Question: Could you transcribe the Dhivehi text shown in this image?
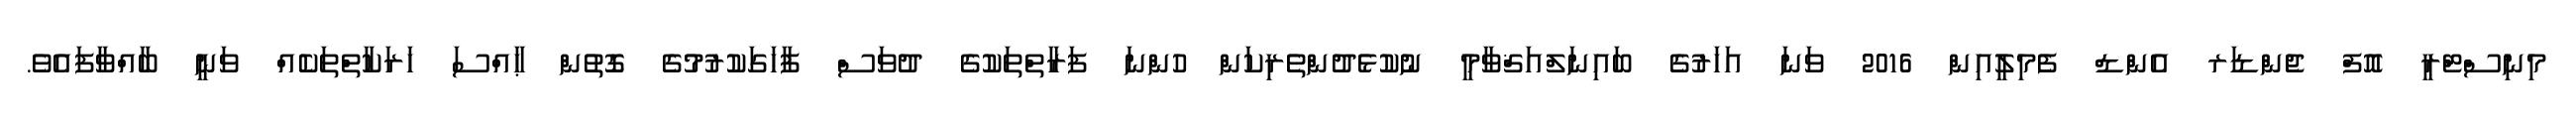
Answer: މިނިސްޓްރީ އޮފް ޖެންޑަރ އެންޑް ފެމިލީއިން 2016 ވަނަ އަހަރުގެ ބައިނަލްއަޤްވާމީ ނުކުޅެދުންތެރިކަން ހުންނަ ފަރާތްތަކުގެ ދުވަސް ފާހަގަކުރުމުގެ ގޮތުން ޙާއްސަ ހަރަކާތްތަކެއް ވަނީ ބާއްވާފައެވެ.